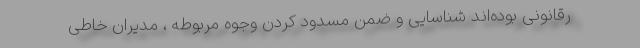
رقانونی بوده‌اند شناسایی و ضمن مسدود کردن وجوه مربوطه ، مدیران خاطی